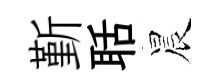
斳聒晨